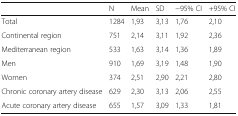
<table><thead><tr><td></td><td><b>N</b></td><td><b>Mean</b></td><td><b>SD</b></td><td><b>−95% CI</b></td><td><b>+95% CI</b></td></tr></thead><tbody><tr><td>Total</td><td>1284</td><td>1,93</td><td>3,13</td><td>1,76</td><td>2,10</td></tr><tr><td>Continental region</td><td>751</td><td>2,14</td><td>3,11</td><td>1,92</td><td>2,36</td></tr><tr><td>Mediterranean region</td><td>533</td><td>1,63</td><td>3,14</td><td>1,36</td><td>1,89</td></tr><tr><td>Men</td><td>910</td><td>1,69</td><td>3,19</td><td>1,48</td><td>1,90</td></tr><tr><td>Women</td><td>374</td><td>2,51</td><td>2,90</td><td>2,21</td><td>2,80</td></tr><tr><td>Chronic coronary artery disease</td><td>629</td><td>2,30</td><td>3,13</td><td>2,06</td><td>2,55</td></tr><tr><td>Acute coronary artery disease</td><td>655</td><td>1,57</td><td>3,09</td><td>1,33</td><td>1,81</td></tr></tbody></table>